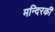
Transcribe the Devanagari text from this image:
मन्दिरकी